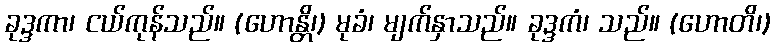
ခုဒ္ဒကာ၊ ငယ်ကုန်သည်။ (ဟောန္တိ၊) မုခံ၊ မျက်နှာသည်။ ခုဒ္ဒကံ၊ သည်။ (ဟောတိ၊)